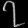
Digit: ၇